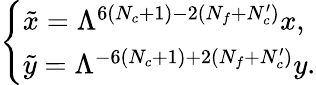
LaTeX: \left\{ \begin{array}{l}{{\tilde{x}=\Lambda^{6(N_{c}+1)-2(N_{f}+N_{c}^{\prime})}x,}}\\ {{\tilde{y}=\Lambda^{-6(N_{c}+1)+2(N_{f}+N_{c}^{\prime})}y.}}\end{array}\right.